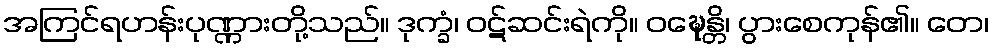
အကြင်ရဟန်းပုဏ္ဏားတို့သည်။ ဒုက္ခံ၊ ဝဋ်ဆင်းရဲကို။ ဝဍ္ဎေန္တိ၊ ပွားစေကုန်၏။ တေ၊